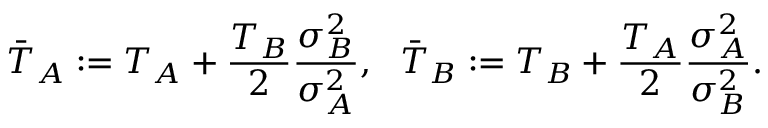
\bar { T } _ { A } : = T _ { A } + \frac { T _ { B } } { 2 } \frac { \sigma _ { B } ^ { 2 } } { \sigma _ { A } ^ { 2 } } , ~ ~ \bar { T } _ { B } : = T _ { B } + \frac { T _ { A } } { 2 } \frac { \sigma _ { A } ^ { 2 } } { \sigma _ { B } ^ { 2 } } .